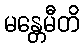
မန္တေမီတိ